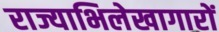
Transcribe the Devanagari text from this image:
राज्याभिलेखागारों